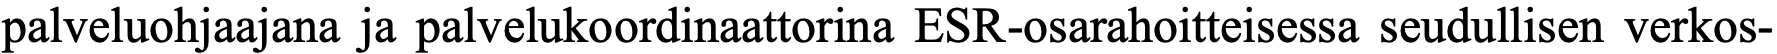
palveluohjaajana ja palvelukoordinaattorina ESR-osarahoitteisessa seudullisen verkos-